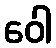
ဝေါ